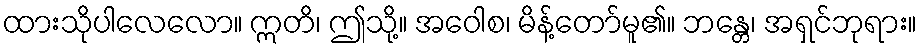
ထားသိုပါလေလော။ ဣတိ၊ ဤသို့။ အဝေါစ၊ မိန့်တော်မူ၏။ ဘန္တေ၊ အရှင်ဘုရား။